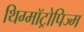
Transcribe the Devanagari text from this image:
थिग्मॉट्रोपिज्म